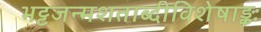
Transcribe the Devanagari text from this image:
भट्टजन्मशताब्दीविशेषाङ्कः